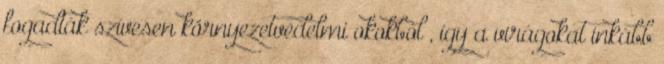
fogadták szívesen környezetvédelmi okokból , így a virágokat inkább